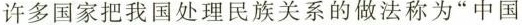
许多国家把我国处理民族关系的做法称为”中国